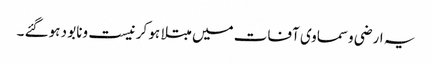
یہ ارضی وسماوی آفات میں مبتلا ہو کر نیست ونابو د ہوگئے ۔